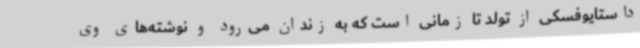
داستایوفسکی از تولد تا زمانی است که به زندان می‌رود و نوشته‌های وی